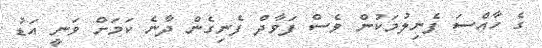
ގެ ހާއްސަ ފެނިލުމަކުން ވެސް ފަވާދް ފެނިގެން ދާނެ ކަމަށް ވަނީ އަޑު